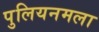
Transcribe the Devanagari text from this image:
पुलियनमला